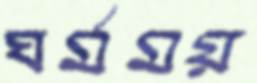
ঘর্মময়